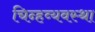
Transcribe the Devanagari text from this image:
चिन्हव्यवस्था